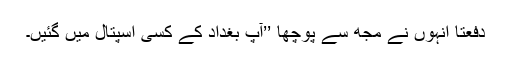
دفعتاً انہوں نے مجھ سے پوچھا ’’آپ بغداد کے کِسی اسپتال میں گئیں۔